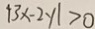
\vert 3 x - 2 y \vert > 0